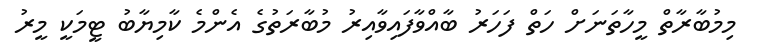
މިމުބާރާތް މީހާތަނަށް ހަތް ފަހަރު ބާއްވާފައިވާއިރު މުބާރަތުގެ އެންމެ ކާމިޔާބު ޓީމަކީ މީރު